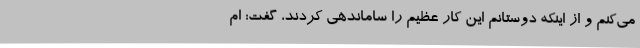
می‌کنم و از اینکه دوستانم این کار عظیم را ساماندهی کردند، گفت: ام